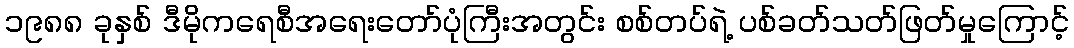
၁၉၈၈ ခုနှစ် ဒီမိုကရေစီအရေးတော်ပုံကြီးအတွင်း စစ်တပ်ရဲ့ ပစ်ခတ်သတ်ဖြတ်မှုကြောင့်